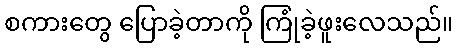
စကားတွေ ပြောခဲ့တာကို ကြုံခဲ့ဖူးလေသည်။